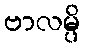
ဗာလမ္ပိ